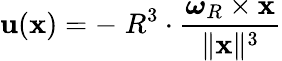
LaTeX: \mathbf{u}(\mathbf{x})=-\; R^{3}\cdot{\frac{{\boldsymbol{\omega}}_{R}\times\mathbf{x}}{\| \mathbf{x}\| ^{3}}}